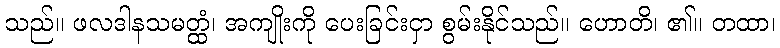
သည်။ ဖလဒါနသမတ္ထံ၊ အကျိုးကို ပေးခြင်းငှာ စွမ်းနိုင်သည်။ ဟောတိ၊ ၏။ တထာ၊